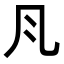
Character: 𭂬